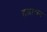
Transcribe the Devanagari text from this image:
हल्लासन